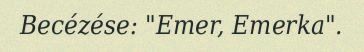
Becézése: "Emer, Emerka".